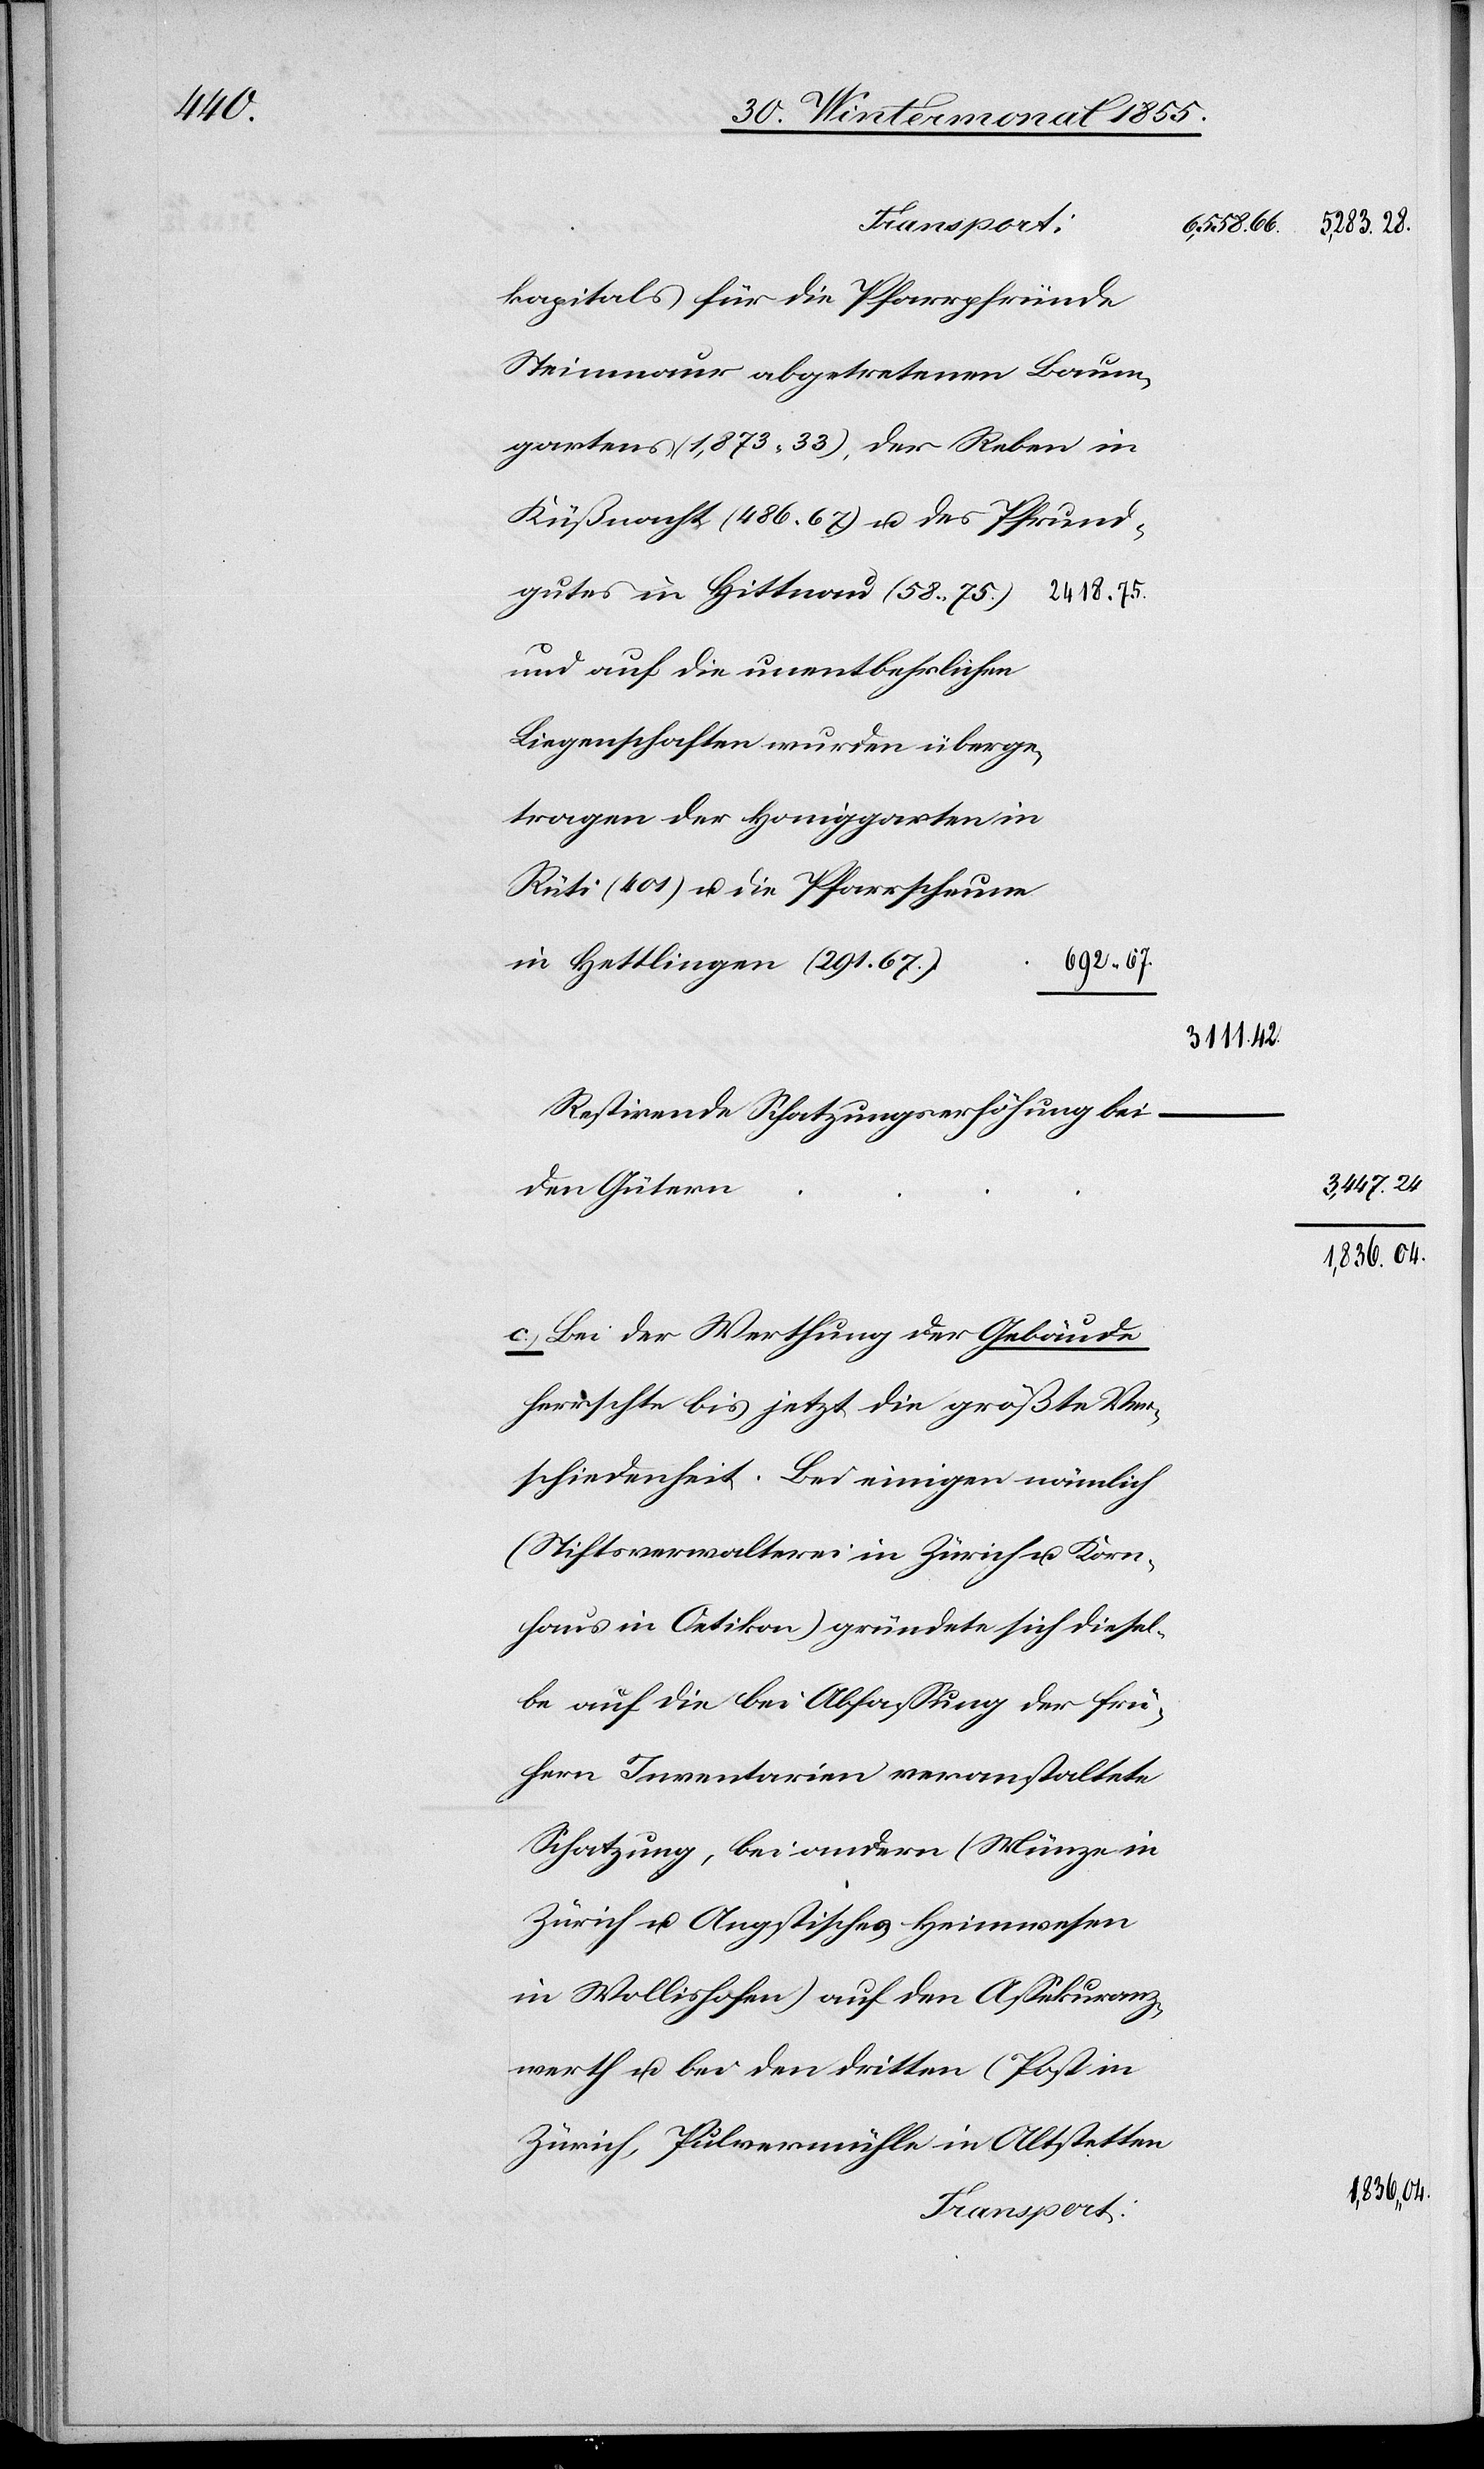
04.

Transport:
kapitals für die Pfarrpfründe
Steinmaur abgetretenen Baum¬
gartens (1,873. 33), der Reben in
Küßnacht (486. 67) u. des Pfrund¬
und auf die unentbehrlichen
Liegenschaften wurden überge¬
tragen der Honiggarten in
Rüti (401) u. die Pfarrscheune
in Hettlingen (291. 67.)
692.
Restirende Schatzungserhöhung bei
den Gütern
c.) Bei der Werthung der Gebäude
herrschte bis jetzt die größte Ver¬
schiedenheit. Bei einigen nämlich
(Stiftsverwalterei in Zürich u. Korn¬
haus in Oetikon) gründete sich diesel¬
be auf die bei Abfassung der frü¬
hern Inventarien veranstaltete
Schatzung, bei andern (Münze in
Zürich u. Angstisches Heimwesen
in Wollishofen) auf den Assekuranz¬
werth u. bei den dritten (Post in
Zürich, Pulvermühle in Altstetten

3,447.
1,836.

04.